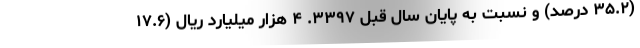
(۳۵.۲ درصد) و نسبت به پایان سال قبل ۳۳۹۷. ۴ هزار میلیارد ریال (۱۷.۶